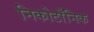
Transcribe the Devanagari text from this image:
निकोटाँनिक